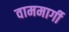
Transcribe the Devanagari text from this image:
वाममार्गी